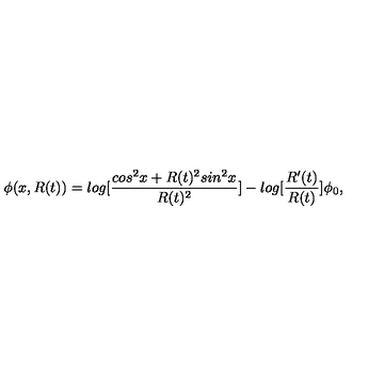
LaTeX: \phi ( x , R ( t ) ) = l o g [ \frac { c o s ^ { 2 } x + R ( t ) ^ { 2 } s i n ^ { 2 } x } { R ( t ) ^ { 2 } } ] - l o g [ { \frac { R ^ { \prime } ( t ) } { R ( t ) } } ] \phi _ { 0 } ,